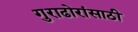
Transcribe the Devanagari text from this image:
गुराढोरांसाठी